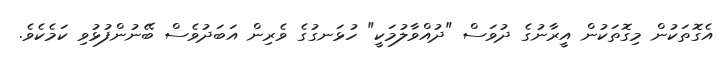
އެގޮތަކުން މިގޮތަކުން އީރާނުގެ ދުވަސް "ދުއްވާލުމަކީ" ހުޅަނގުގެ ވެރިން އަބަދުވެސް ބޭނުންފުޅުވި ކަމެކެވެ.